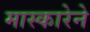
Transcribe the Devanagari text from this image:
मास्कारेने